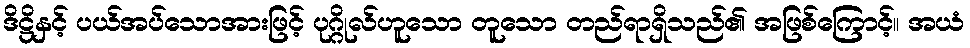
ဒိဋ္ဌိနှင့် ပယ်အပ်သောအားဖြင့် ပုဂ္ဂိုလ်ဟူသော တူသော တည်ရာရှိသည်၏ အဖြစ်ကြောင့်။ အယံ